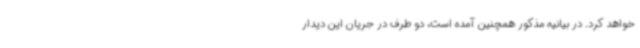
خواهد کرد. در بیانیه مذکور همچنین آمده است، دو طرف در جریان این دیدار